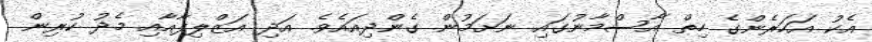
އެކު އަހަރެންގެ ހިތް އާސްމާނުގައި ނަށަމުން ގެންދިއައެވެ. އަދި އަޒްލިފާއާއި މެދު ކުރިން